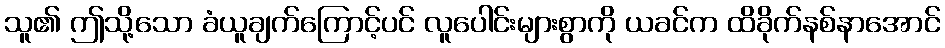
သူ၏ ဤသို့သော ခံယူချက်ကြောင့်ပင် လူပေါင်းများစွာကို ယခင်က ထိခိုက်နစ်နာအောင်